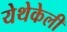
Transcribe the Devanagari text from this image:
येथेकेली